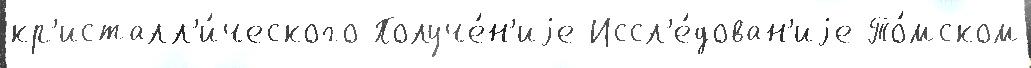
кр'исталл'и́ческого Получе́н'иjе Иссл'е́дован'иjе То́мском